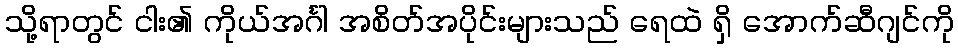
သို့ရာတွင် ငါး၏ ကိုယ်အင်္ဂါ အစိတ်အပိုင်းများသည် ရေထဲ ရှိ အောက်ဆီဂျင်ကို